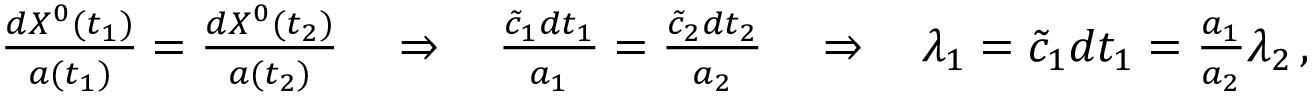
\begin{array} { r } { \frac { d X ^ { 0 } ( t _ { 1 } ) } { a ( t _ { 1 } ) } = \frac { d X ^ { 0 } ( t _ { 2 } ) } { a ( t _ { 2 } ) } \quad \Rightarrow \quad \frac { \tilde { c } _ { 1 } d t _ { 1 } } { a _ { 1 } } = \frac { \tilde { c } _ { 2 } d t _ { 2 } } { a _ { 2 } } \quad \Rightarrow \quad \lambda _ { 1 } = \tilde { c } _ { 1 } d t _ { 1 } = \frac { a _ { 1 } } { a _ { 2 } } \lambda _ { 2 } \, , } \end{array}